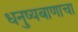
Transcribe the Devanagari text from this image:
धनुष्यबाणाचा